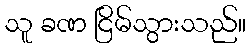
သူ ခဏ ငြိမ်သွားသည်။